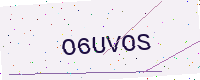
Text: O6UVOS